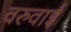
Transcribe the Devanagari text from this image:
वरुवाई